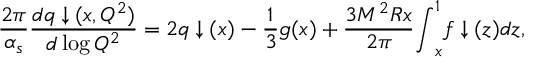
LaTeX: \frac { 2 \pi } { \alpha _ { s } } \frac { d q \downarrow ( x , Q ^ { 2 } ) } { d \log Q ^ { 2 } } = 2 q \downarrow ( x ) - \frac { 1 } { 3 } g ( x ) + \frac { 3 M ^ { 2 } R x } { 2 \pi } { \int } _ { x } ^ { 1 } f \downarrow ( z ) d z ,